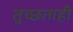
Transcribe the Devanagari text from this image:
तुच्छताही